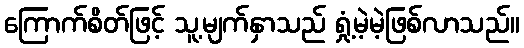
ကြောက်စိတ်ဖြင့် သူ့မျက်နှာသည် ရှုံ့မဲ့မဲ့ဖြစ်လာသည်။